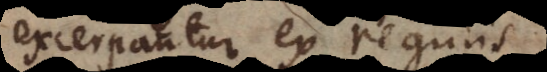
excerpantur ex regulis